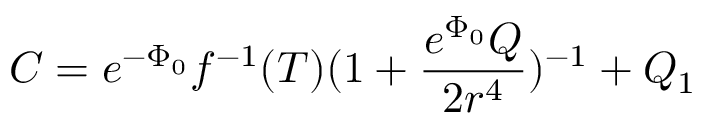
C = e ^ { - \Phi _ { 0 } } f ^ { - 1 } ( T ) ( 1 + \frac { e ^ { \Phi _ { 0 } } Q } { 2 r ^ { 4 } } ) ^ { - 1 } + Q _ { 1 }